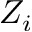
Z _ { i }